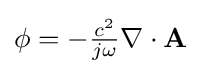
\textstyle \phi =-{\frac {c^{2}}{j\omega }}\nabla \cdot \mathbf {A}